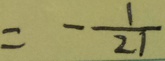
= - \frac { 1 } { 2 1 }